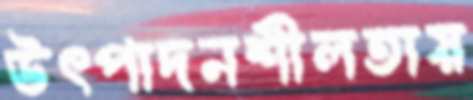
উৎপাদনশীলতায়